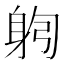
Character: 𰸻